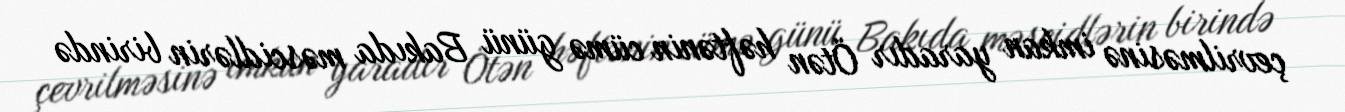
çevrilməsinə imkan yaradır Ötən həftənin cümə günü Bakıda məscidlərin birində